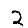
Digit: 2